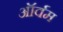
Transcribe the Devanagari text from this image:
ऑर्वम